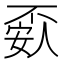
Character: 𰀘